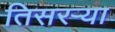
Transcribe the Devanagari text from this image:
तिसरऱ्या